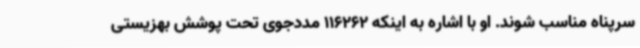
سرپناه مناسب شوند. او با اشاره به اینکه 116262 مددجوی تحت پوشش بهزیستی